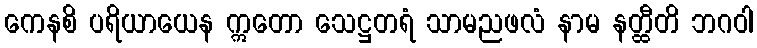
ကေနစိ ပရိယာယေန ဣတော သေဋ္ဌတရံ သာမညဖလံ နာမ နတ္ထီတိ ဘဂဝါ